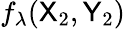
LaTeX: f_{\lambda}({\sf X}_{2},{\sf Y}_{2})